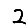
Digit: 2